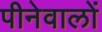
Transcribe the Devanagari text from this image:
पीनेवालों